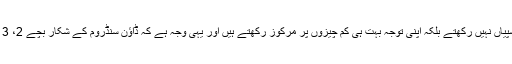
ماہرین کے مطابق یہ عام بچوں کی طرح مختلف دلچسپیاں نہیں رکھتے بلکہ اپنی توجہ بہت ہی کم چیزوں پر مرکوز رکھتے ہیں اور یہی وجہ ہے کہ ڈاؤن سنڈروم کے شکار بچے 2، 3 سال کی عمر میں ہی لکھنا پڑھنا شروع کر دیتے ہیں۔